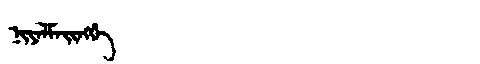
Manchu: ᠨᡳᠶᠠᠯᠮᠠᡳᠩᡤᡝ
Romanization: NIYALMAINGGE